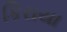
કિરાયા